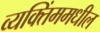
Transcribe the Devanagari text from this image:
व्यक्तिंममधील